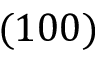
( 1 0 0 )